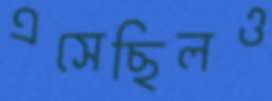
এসেছিলও